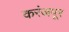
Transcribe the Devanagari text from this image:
करंजपूर